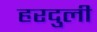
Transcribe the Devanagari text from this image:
हरदुली